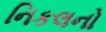
નિકલનો